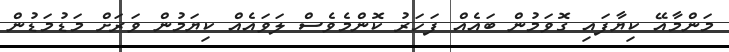
މަންމާއޭ ކިޔާފައި ގޮވަމުން ބައެއް ފަހަރު ކޮންމެެވެސް ލަވައެއް ކިޔަމުން ވަރަށް މަޑުމަޑުން